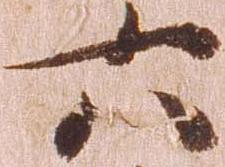
六